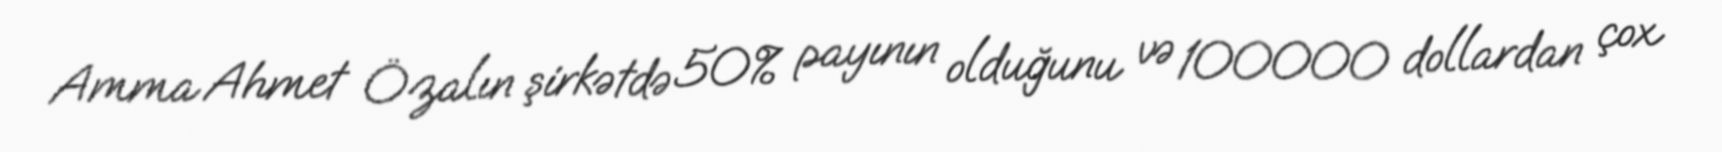
Amma Ahmet Özalın şirkətdə 50% payının olduğunu və 100000 dollardan çox